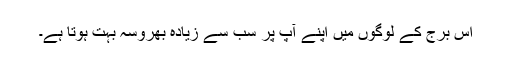
اس برج کے لوگوں میں اپنے آپ پر سب سے زیادہ بھروسہ بہت ہوتا ہے۔